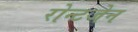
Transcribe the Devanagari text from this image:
रोन्टजेन